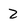
Character: z